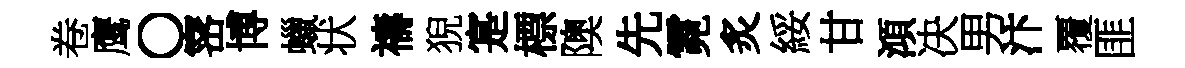
卷鹰〇宻博蠟状禱猊寔標隩先霓炙綏甘澒决男汴覆匪